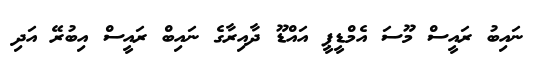
ނައިބު ރައީސް މޫސަ އެމްޑީޕީ އައްޑޫ ދާއިރާގެ ނައިބް ރައީސް އިބުރޭ އަދި